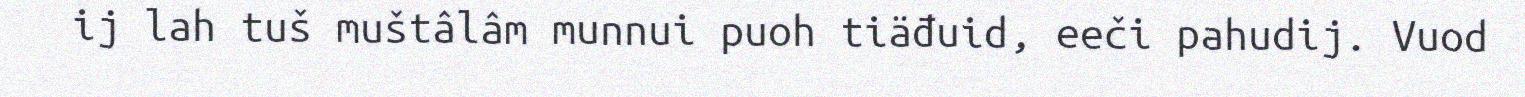
ij lah tuš muštâlâm munnui puoh tiäđuid, eeči pahudij. Vuod